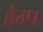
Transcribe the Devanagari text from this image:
हैम्प